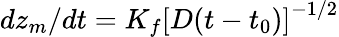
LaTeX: dz_{m}/dt=K_{f}\left[D(t-t_{0})\right]^{-1/2}